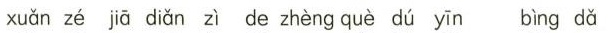
xuǎn zé jiā diǎn zì de zhèng què dú yīn bìng dǎ